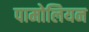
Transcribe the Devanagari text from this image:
पामोलियन